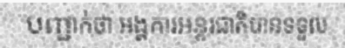
បញ្ជាក់ថា អង្គការអន្តរជាតិបានទទួល